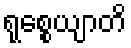
ရုစ္စေယျာတိ